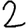
Digit: 2